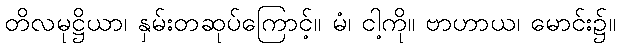
တိလမုဋ္ဌိယာ၊ နှမ်းတဆုပ်ကြောင့်။ မံ၊ ငါ့ကို။ ဗာဟာယ၊ မောင်း၌။